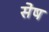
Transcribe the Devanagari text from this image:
सेष